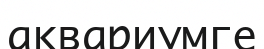
аквариумге